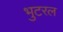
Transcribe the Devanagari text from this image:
भुटरल